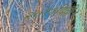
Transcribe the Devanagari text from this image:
२०११दिल्ली